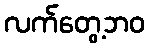
လက်တွေ့ဘဝ